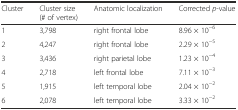
<table><thead><tr><td><b>Cluster</b></td><td><b>Cluster size (# of vertex)</b></td><td><b>Anatomic localization</b></td><td><b>Corrected <i>p</i>-value</b></td></tr></thead><tbody><tr><td>1</td><td>3,798</td><td>right frontal lobe</td><td>8.96 × 10<sup>−6</sup></td></tr><tr><td>2</td><td>4,247</td><td>right frontal lobe</td><td>2.29 × 10<sup>−5</sup></td></tr><tr><td>3</td><td>3,436</td><td>right parietal lobe</td><td>1.23 × 10<sup>−4</sup></td></tr><tr><td>4</td><td>2,718</td><td>left frontal lobe</td><td>7.11 × 10<sup>−3</sup></td></tr><tr><td>5</td><td>1,915</td><td>left temporal lobe</td><td>2.04 × 10<sup>−2</sup></td></tr><tr><td>6</td><td>2,078</td><td>left temporal lobe</td><td>3.33 × 10<sup>−2</sup></td></tr></tbody></table>